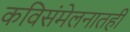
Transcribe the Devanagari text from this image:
कविसंमेलनातही